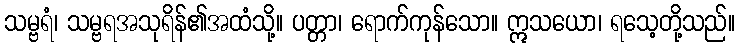
သမ္ဗရံ၊ သမ္ဗရအသုရိန်၏အထံသို့။ ပတ္တာ၊ ရောက်ကုန်သော။ ဣသယော၊ ရသေ့တို့သည်။